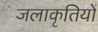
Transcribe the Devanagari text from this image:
जलाकृतियों